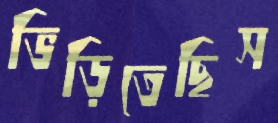
ভিড়িতেছিস